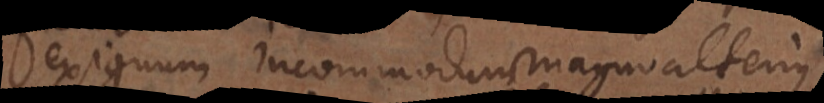
exiguum incommodum magno alterius